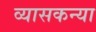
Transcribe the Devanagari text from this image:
व्यासकन्या